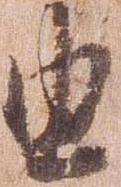
由